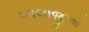
બાલાજીએ